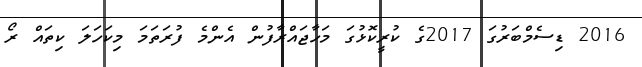
2016 ޑިސެމްބަރުގަ 2017ގެ ކުރީކޮޅުގަ މަހާޖައްރާފުން އެންމެ ފުރަތަމަ މިކަހަލަ ކިތައް ރޯ